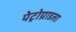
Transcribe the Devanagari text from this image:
पेट्रोग्राडला